Report on vaccination North-West Frontier Province 1904-1922 - 1904-1922
Year: 1904
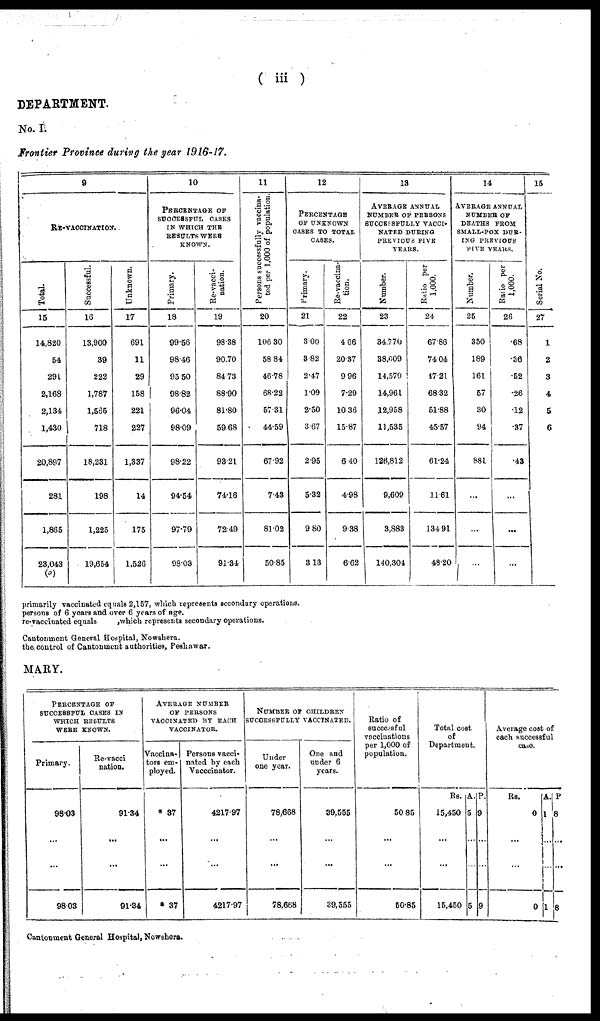
( iii )
DEPARTMENT.
No. I.
Frontier Province during the year 1916-17.
9
RE-VACCINATION.
Total.
15
14,820
54
291
2,168
2,134
1,430
20,897
281
1,865
23,043
(c)
Successful.
16
13,900
39
222
1,787
1,565
718
18,231
198
1,225
19,664
Unknown.
17
691
11
29
158
221
227
1,337
14
175
1,526
10
PERCENTAGE OF
SUCCESSFUL CASES
IN WHICH THE
RESULTS WERE
KNOWN.
Primary.
18
99.56
98.46
95.50
98.82
96.04
98.09
98.22
94.54
97.79
98.03
Re-vacci¬
nation.
19
98.38
90.70
84.73
88.90
81.80
59.68
93.21
74.16
72.49
91.34
11
Persons successfully vaccina¬
ted per 1,000 of population.
20
106.30
58.84
46.78
68.22
57.31
44.59
67.92
7.43
81.02
50.85
12
PERCENTAGE
OF UNKNOWN
CASES TO TOTAL
CASES.
Primary.
21
3.00
3.82
2.47
1.09
2.50
3.67
2.95
5.32
9.80
3.13
Re-vaccina-
tion.
22
4.66
20.37
9.96
7.29
10.36
15.87
6.40
4.98
9.38
6.62
13
AVERAGE ANNUAL
NUMBER OF PERSONS
SUCCESSFULLY VACCI¬
NATED DURING
PREVIOUS FIVE
YEARS.
Number.
23
34.770
38.009
14,579
14,961
12,958
11,535
126,812
9,609
3,883
140,304
Ratio per
1,000.
24
67.86
74.04
47.21
68.32
51.88
45.57
61.24
11.61
134.91
48.20
14
AVERAGE ANNUAL
NUMBER OF
DEATHS FROM
SMALL-POX DUR¬
ING PREVIOUS
FIVE YEARS.
Number.
25
350
189
161
57
30
94
881
...
...
...
Ratio per
1,000.
26
.68
.36
.52
.26
.12
.37
48
...
...
...
15
Serial No.
27
1
2
3
4
5
6
primarily vaccinated equals 2,157, which represents secondary operations.
persons of 6 years and over 6 years of age.
re-vaccinated equals, which represents secondary operations.
Cantonment General Hospital, Nowshera.
the control of Cantonment authorities, Peshawar.
MARY.
PERCENTAGE OF
SUCCESSFUL CASES IN
WHICH RESULTS
WERE KNOWN.
Primary.
98.03
...
...
98.03
Re-vacci¬
nation.
91.34
...
...
91.34
AVERAGE NUMBER
OF PERSONS
VACCINATED BY EACH
VACCINATOR.
Vaccina¬
tors em¬
ployed.
*37
...
...
*37
Persons vacci-
nated by each
Vacccinator.
4217.97
...
...
4217.97
NUMBER OF CHILDREN
SUCCESSFULLY VACCINATED.
Under
one year.
78,668
...
...
78,668
One and
under 6
years.
39,555
...
...
39,555
Ratio of
successful
vaccinations
per 1,000 of
population.
50.85
...
...
50.85
Total cost
of
Department.
Rs.
15,450
...
...
15,450
A.
5
...
...
5
P.
9
...
...
9
Average cost of
each successful
case.
Rs.
0
...
...
0
A.
1
...
...
1
P.
8
...
...
8
Cantonment General Hospital, Nowshera.